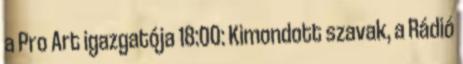
a Pro Art igazgatója 18:00: Kimondott szavak, a Rádió